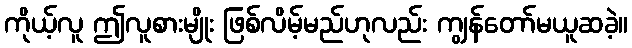
ကိုယ့်လူ ဤလူစားမျိုး ဖြစ်လိမ့်မည်ဟုလည်း ကျွန်တော်မယူဆခဲ့။